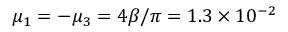
\mu _ { 1 } = - \mu _ { 3 } = 4 \beta / \pi = 1 . 3 \times 1 0 ^ { - 2 }